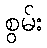
စွမ်း